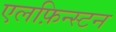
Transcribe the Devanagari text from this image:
एलफ़िन्स्टन